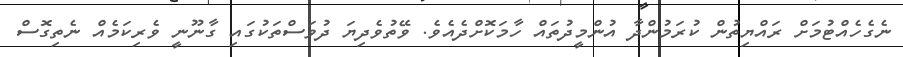
ނެގެހެއްޓުމަށް ރައްޔިތުން ކުރަމުންދާ އުންމީދުތައް ހާމަކޮށްދެއެެވެ. ވޭތުވެދިޔަ ދުވަސްތަކުގައި ގާނޫނީ ވެރިކަމެއް ނެތިގޮސް